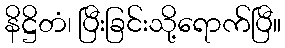
နိဋ္ဌိတံ၊ ပြီးခြင်းသို့ရောက်ပြီ။